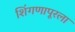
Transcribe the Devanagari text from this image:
शिंगणापूरला